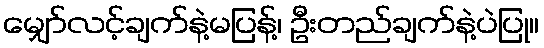
မျှော်လင့်ချက်နဲ့မပြန့်၊ ဦးတည်ချက်နဲ့ပဲပြု။